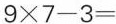
$$9 \times 7 - 3 =$$